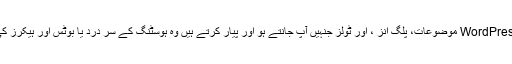
استعمال کریں اسی WordPress موضوعات، پلگ انز ، اور ٹولز جنہیں آپ جانتے ہو اور پیار کرتے ہیں وہ ہوسٹنگ کے سر درد یا بوٹس اور ہیکرز کی دھمکیوں کے بغیر۔